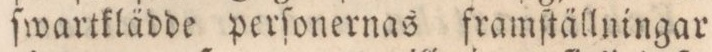
ſwartklädde perſonernas framſtällningar